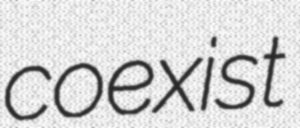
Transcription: coexist